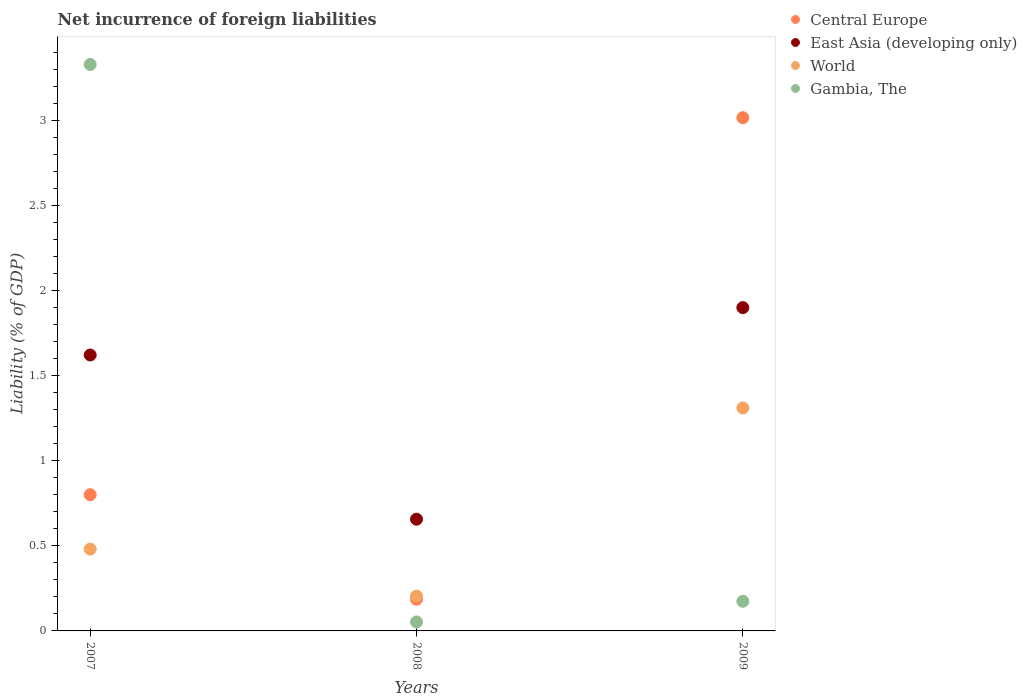
| Years | Central Europe | East Asia (developing only) | World | Gambia, The |
 | --- | --- | --- | --- | --- |
 | 2007 | 0.8 | 1.62 | 0.481 | 3.33 |
 | 2008 | 0.186 | 0.657 | 0.205 | 0.0527 |
 | 2009 | 3.02 | 1.9 | 1.31 | 0.174 |